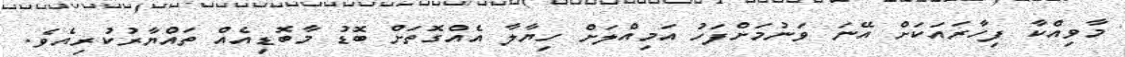
މާވިއްކާ ފިހާރައަކަށް އޭނަ ވަނުމަށްފަހު އަމިއްލަށް ހިޔާލާ އެއްގޮތަށް ބޮޑު މާބޮޑިއެއް ތައްޔާރުކުރިއެވެ.